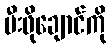
မီးဖိုချောင်ကို